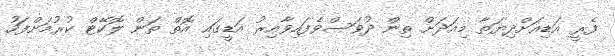
ފެރީ އަޑިއަށްދިޔަތާ މިއަދަށް ތިން ދުވަސްވެފައިވާއިރު އަޑީގައި އޮތް ތަން ލޮކޭޓް ކުރުމަށްފަހު